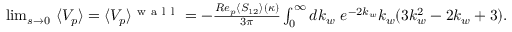
\begin{array} { r } { \operatorname* { l i m } _ { s \to 0 } \, \, \langle V _ { p } \rangle = \langle V _ { p } \rangle ^ { \mathrm { ~ w ~ a ~ l ~ l ~ } } = - \frac { R e _ { p } \langle S _ { 1 2 } \rangle ( \kappa ) } { 3 \pi } \int _ { 0 } ^ { \infty } d k _ { w } \, \, e ^ { - 2 k _ { w } } k _ { w } ( 3 k _ { w } ^ { 2 } - 2 k _ { w } + 3 ) . } \end{array}